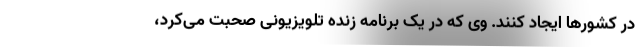
در کشورها ایجاد کنند. وی که در یک برنامه زنده تلویزیونی صحبت می‌کرد،